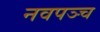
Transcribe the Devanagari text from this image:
नवपञ्च